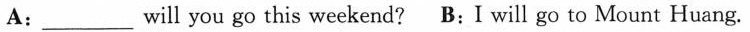
A: ___will you go this weekend? B:I will go to Mount Huang.